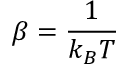
\beta = \frac { 1 } { k _ { B } T }